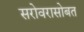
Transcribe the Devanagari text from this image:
सरोवरासोबत